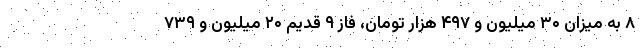
۸ به میزان ۳۰ میلیون و ۴۹۷ هزار تومان، فاز ۹ قدیم ۲۰ میلیون و ۷۳۹